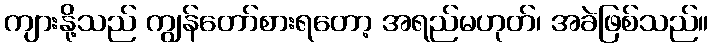
ကျားနို့သည် ကျွန်တော်စားရတော့ အရည်မဟုတ်၊ အခဲဖြစ်သည်။